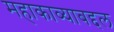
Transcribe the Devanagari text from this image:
महाकाव्याबद्दल